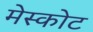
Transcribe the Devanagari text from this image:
मेस्कोट